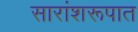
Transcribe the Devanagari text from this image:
सारांशरूपात